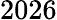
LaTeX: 2026